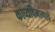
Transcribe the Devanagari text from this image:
काव्यविभागाचे